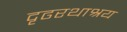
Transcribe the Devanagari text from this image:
दृढरथाश्रय